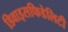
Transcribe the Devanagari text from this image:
डिवाइसफिडेलिटी